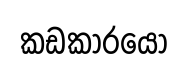
කඩකාරයෝ